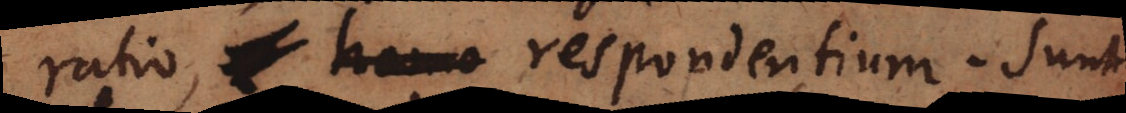
ratio, respondentium. Sunt